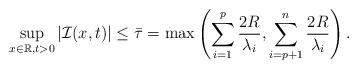
LaTeX: \begin{align*} \sup_{x\in\mathbb{R},t>0}|\mathcal{I}(x,t)|\leq \bar{\tau}=\max\left(\sum_{i=1}^p \frac{2R}{\lambda_i},\sum_{i=p+1}^n \frac{2R}{\lambda_i}\right).\end{align*}